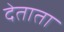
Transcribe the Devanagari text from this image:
देताता